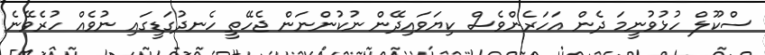
ސްކޫލް ހުޅުވުނީމަ ދެން އަހަރެންވެސް ކިޔަވައިދޭން ނުކުންނަން ޖެހޭތީ ހެނދުގަޑީގައި ނުވެއް ހުރެވޭނެ